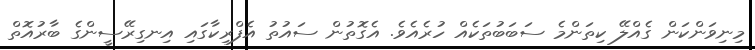
މިނިވަންކަން ގެއްލޭ ކިތަންމެ ސަބަބުތަކެއް ހުރެއެވެ. އެގޮތުން ސައުތު އެފްރިކާގައި އިނގިރޭސީންގެ ބާރުއޮތް